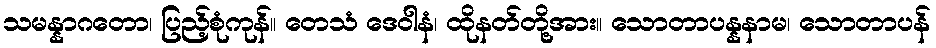
သမန္နာဂတော၊ ပြည့်စုံကုန်။ တေသံ ဒေဝါနံ၊ ထိုနတ်တို့အား။ သောတာပန္နနာမ၊ သောတာပန်